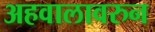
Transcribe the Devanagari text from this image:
अहवालावरुन